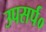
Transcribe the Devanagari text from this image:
उपसर्प०